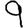
Digit: 9